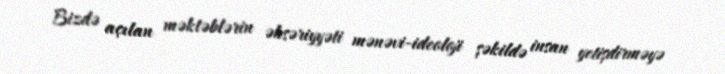
Bizdə açılan məktəblərin əksəriyyəti mənəvi-ideoloji şəkildə insan yetişdirməyə